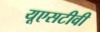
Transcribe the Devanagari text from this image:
यूएसटीवी